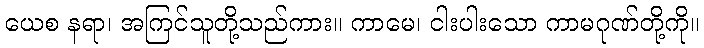
ယေစ နရာ၊ အကြင်သူတို့သည်ကား။ ကာမေ၊ ငါးပါးသော ကာမဂုဏ်တို့ကို။